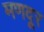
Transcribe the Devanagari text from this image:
मणदूर